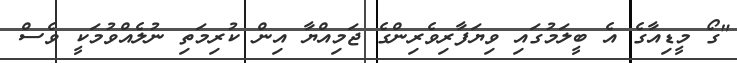
"ގޯ މީޑިއާގެ އެ ބީލަމުގައި ވިޔަފާރިވެރިންގެ ޖަމިއްޔާ އިން ކުރިމަތި ނުލެއްވުމަކީ ވެސް